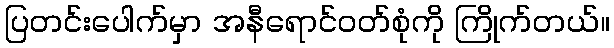
ပြတင်းပေါက်မှာ အနီရောင်ဝတ်စုံကို ကြိုက်တယ်။